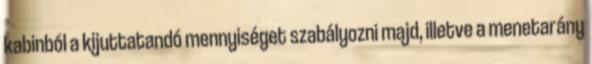
kabinból a kijuttatandó mennyiséget szabályozni majd, illetve a menetarány